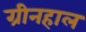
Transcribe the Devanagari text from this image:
ग्रीनहाल